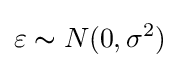
\varepsilon \thicksim N(0,\sigma ^{2})